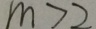
m > 2